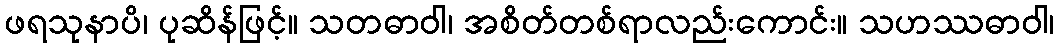
ဖရသုနာပိ၊ ပုဆိန်ဖြင့်။ သတဓာဝါ၊ အစိတ်တစ်ရာလည်းကောင်း။ သဟဿဓာဝါ၊